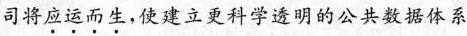
司将应运而生，使建立更科学透明的公共数据体系